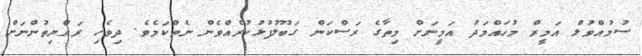
ސުމުއްވުލް އަމީރް މުހައްމަދު އަމީނަށް މިތާގެ ރަސްކަން ގަބޫލުފުޅުކުރެއްވެން ނެތްކަމެވެ. ދިވެހި ރައްޔިތުންނަށް